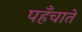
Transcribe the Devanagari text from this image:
पहँचाते